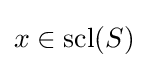
x\in \operatorname {scl} (S)